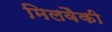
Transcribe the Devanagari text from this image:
मिलवैकी